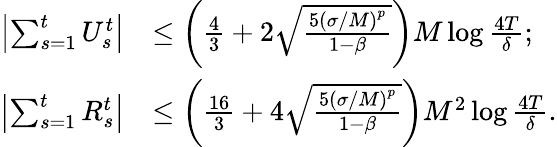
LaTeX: \begin{array}{rl}{\left|\sum_{s=1}^{t}U_{s}^{t}\right|}&{\leq\left(\frac{4}{3}+2\sqrt{\frac{5\left(\sigma/M\right)^{p}}{1-\beta}}\right)M\log\frac{4T}{\delta};}\\ {\left|\sum_{s=1}^{t}R_{s}^{t}\right|}&{\leq\left(\frac{16}{3}+4\sqrt{\frac{5\left(\sigma/M\right)^{p}}{1-\beta}}\right)M^{2}\log\frac{4T}{\delta}.}\end{array}